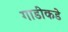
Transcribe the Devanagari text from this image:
गाडीकडे